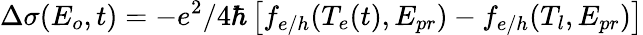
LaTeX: \Delta\sigma(E_{o},t)=-e^{2}/4\hbar\left[f_{e/h}(T_{e}(t),E_{pr})-f_{e/h}(T_{l},E_{pr})\right]